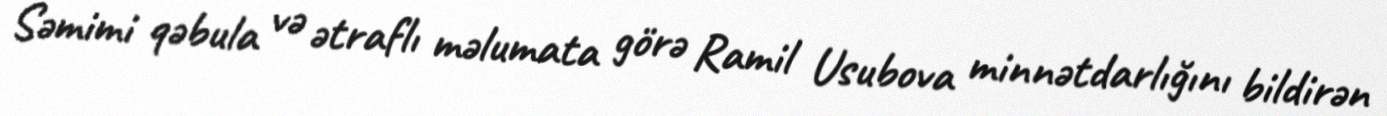
Səmimi qəbula və ətraflı məlumata görə Ramil Usubova minnətdarlığını bildirən